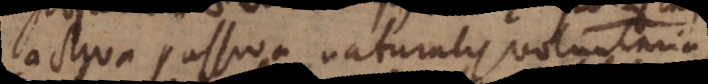
activa, passiva, naturalis, voluntaria,